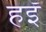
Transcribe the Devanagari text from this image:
हइँ